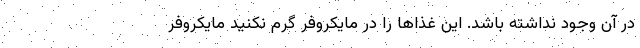
در آن وجود نداشته باشد. این غذاها را در مایکروفر گرم نکنید مایکروفر